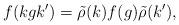
LaTeX: \begin{align*} f(kgk')=\tilde\rho(k)f(g)\tilde\rho(k'),\end{align*}